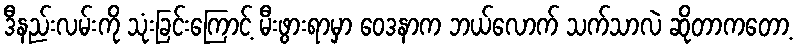
ဒီနည်းလမ်းကို သုံးခြင်းကြောင့် မီးဖွားရာမှာ ဝေဒနာက ဘယ်လောက် သက်သာလဲ ဆိုတာကတော့